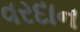
વરદાન